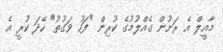
މާއީލް އެ ރަށުން ގެއްލުމުގެ ކުރިން "ފަހު ވަގުތު" ހޭދަ ކުރީ އެ